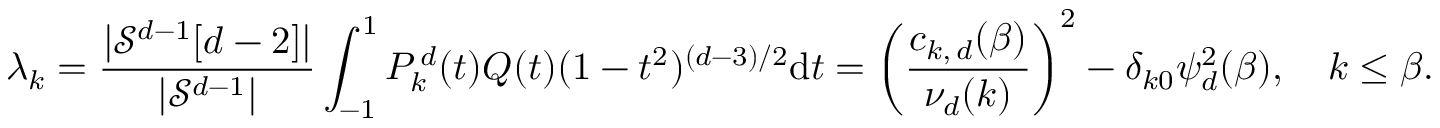
\lambda _ { k } = \frac { | \mathcal { S } ^ { d - 1 } [ d - 2 ] | } { | \mathcal { S } ^ { d - 1 } | } \int _ { - 1 } ^ { 1 } P _ { k } ^ { \, d } ( t ) Q ( t ) ( 1 - t ^ { 2 } ) ^ { ( d - 3 ) / 2 } \mathrm { d } t = \left( \frac { c _ { k , \, d } ( \beta ) } { \nu _ { d } ( k ) } \right) ^ { 2 } - \delta _ { k 0 } \psi _ { d } ^ { 2 } ( \beta ) , \quad k \leq \beta .